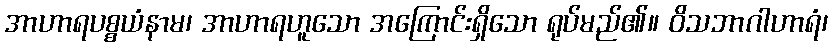
အာဟာရပစ္စယံနာမ၊ အာဟာရဟူသော အကြောင်းရှိသော ရုပ်မည်၏။ ဝိသဘာဂါဟာရံ၊